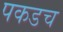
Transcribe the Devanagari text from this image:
पकडच